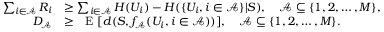
\begin{array} { r l } { \sum _ { i \in \mathcal { A } } R _ { i } } & { \geq \sum _ { i \in \mathcal { A } } H ( U _ { i } ) - H ( \{ U _ { i } , i \in \mathcal { A } \} | S ) , \quad \mathcal { A } \subseteq \{ 1 , 2 , \ldots , M \} , } \\ { D _ { \mathcal { A } } } & { \geq \mathrm { ~ { \mathbb ~ E } ~ } [ d ( S , f _ { \mathcal { A } } ( U _ { i } , i \in \mathcal { A } ) ) ] , \quad \mathcal { A } \subseteq \{ 1 , 2 , \ldots , M \} . } \end{array}